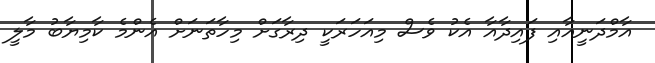
އާމްދަނީއާއި ފައިދާއާ އެކު ވެސް މިއަހަރަކީ ދިރާގަށް މިހާތަނަށް އެންމެ ކާމިޔާބު މާލީ